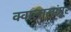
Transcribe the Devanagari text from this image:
क्वालालांपूर